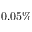
0 . 0 5 \%